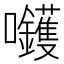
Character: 𡆇